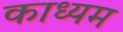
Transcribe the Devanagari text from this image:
काध्यम